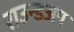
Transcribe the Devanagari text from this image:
राउन्डअप